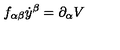
f _ { \alpha \beta } \dot { y } ^ { \beta } = \partial _ { \alpha } V